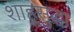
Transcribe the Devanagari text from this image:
शाहूसुद्धा